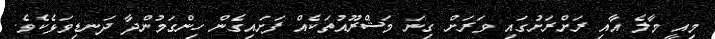
މިއީ މާލެ އާއި ރަށްރަށުގައި ވަރަށް ގިނަ މަޝްރޫއުތަކެއް ފަށައިގެން ހިންގަމުންދާ ދަނޑިވަޅެކެވެ.